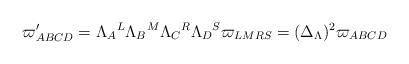
LaTeX: \begin{align*}\varpi _{ABCD}^{\prime }=\Lambda _{A}{}^{L}\Lambda _{B}{}^{M}\Lambda_{C}{}^{R}\Lambda _{D}{}^{S}\varpi _{LMRS}=(\Delta _{{\small \Lambda }})^{2}\varpi _{ABCD} \end{align*}